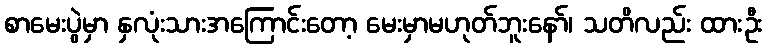
စာမေးပွဲမှာ နှလုံးသားအကြောင်းတော့ မေးမှာမဟုတ်ဘူးနော်၊ သတိလည်း ထားဦး